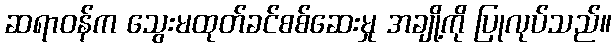
ဆရာဝန်က သွေးမထုတ်ခင်စစ်ဆေးမှု အချို့ကို ပြုလုပ်သည်။